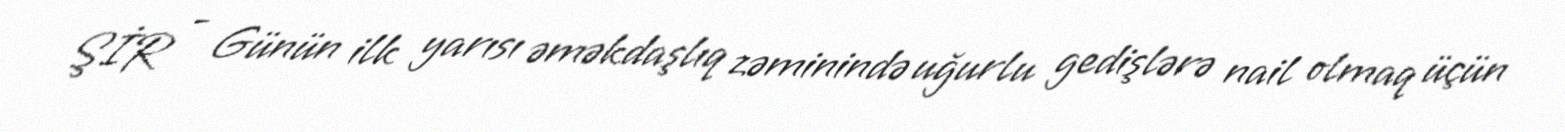
ŞİR - Günün ilk yarısı əməkdaşlıq zəminində uğurlu gedişlərə nail olmaq üçün